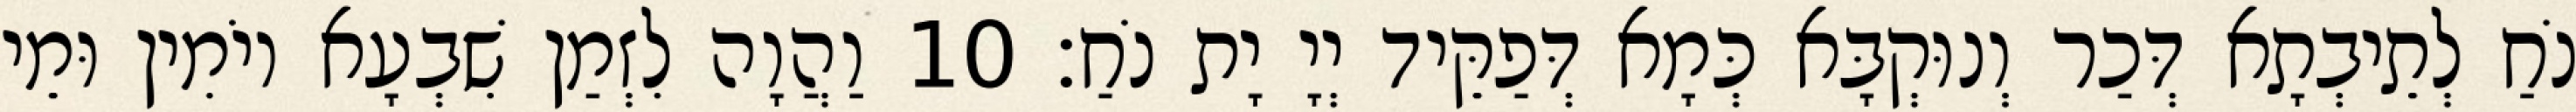
נֹחַ לְתֵיבְתָא דְּכַר וְנוּקְבָּא כְּמָא דְּפַקֵּיד יְיָ יָת נֹחַ׃ 10 וַהֲוָה לִזְמַן שִׁבְעָא יוֹמִין וּמֵי